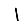
Digit: 1